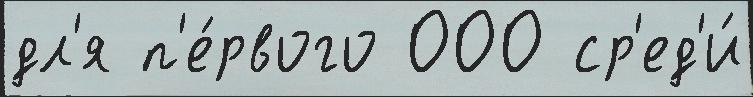
дл'я п'е́рвого 000 ср'ед'и́